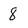
Character: 8